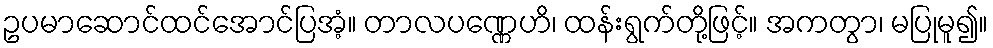
ဥပမာဆောင်ထင်အောင်ပြအံ့။ တာလပဏ္ဏေဟိ၊ ထန်းရွက်တို့ဖြင့်။ အကတွာ၊ မပြုမူ၍။